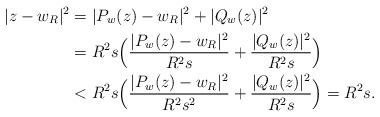
LaTeX: \begin{align*}|z-w_R|^2&=|P_w(z)-w_R|^2+|Q_w(z)|^2\\&=R^2 s \Big(\dfrac{|P_w(z)-w_R|^2}{R^2 s}+\dfrac{|Q_w(z)|^2}{R^2 s}\Big)\\&< R^2 s \Big(\dfrac{|P_w(z)-w_R|^2}{R^2 s^2}+\dfrac{|Q_w(z)|^2}{R^2 s}\Big)=R^2 s.\end{align*}